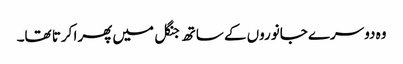
وہ دوسرے جانوروں کے ساتھ جنگل میں پھرا کرتا تھا۔